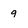
Character: g